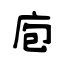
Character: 庖